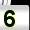
Digit: 5